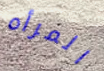
المرأه